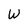
Character: W